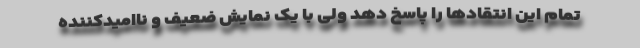
تمام این انتقادها را پاسخ دهد ولی با یک نمایش ضعیف و ناامیدکننده